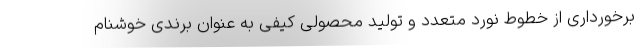
برخورداری از خطوط نورد متعدد و تولید محصولی کیفی به عنوان برندی خوشنام